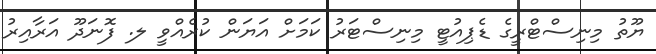
ޔޫތު މިނިސްޓްރީގެ ޑެޕިއުޓީ މިނިސްޓަރު ކަމަށް އަޔަން ކުރެއްވީ ލ. ފޮނަދޫ އަރާއިރު